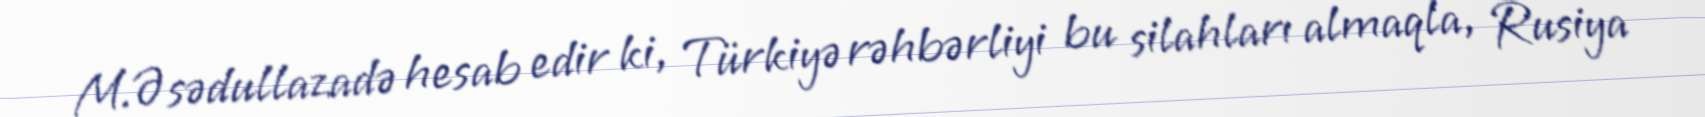
M.Əsədullazadə hesab edir ki, Türkiyə rəhbərliyi bu silahları almaqla, Rusiya